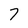
Character: 7